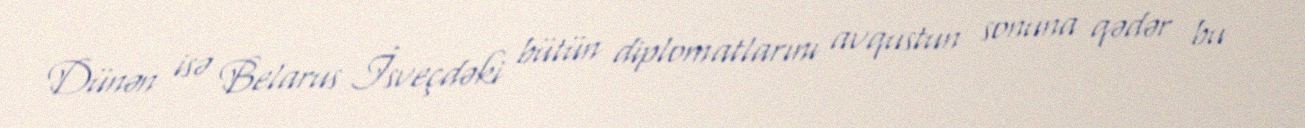
Dünən isə Belarus İsveçdəki bütün diplomatlarını avqustun sonuna qədər bu